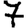
Digit: 7